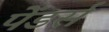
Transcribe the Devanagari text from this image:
पेंडर्स